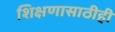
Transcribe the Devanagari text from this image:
शिक्षणासाठीही